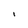
Character: 1